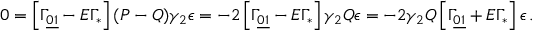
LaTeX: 0 = \left[ \Gamma _ { \underline { { { 0 1 } } } } - E \Gamma _ { * } \right] ( P - Q ) \gamma _ { 2 } \epsilon = - 2 \left[ \Gamma _ { \underline { { { 0 1 } } } } - E \Gamma _ { * } \right] \gamma _ { 2 } Q \epsilon = - 2 \gamma _ { 2 } Q \left[ \Gamma _ { \underline { { { 0 1 } } } } + E \Gamma _ { * } \right] \epsilon \, .